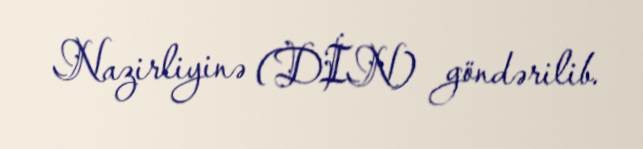
Nazirliyinə (DİN) göndərilib.